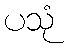
ပသုံ